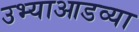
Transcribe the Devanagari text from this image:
उभ्याआडव्या